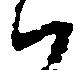
ハ